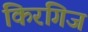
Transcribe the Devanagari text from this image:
किरगिज